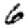
Digit: 6